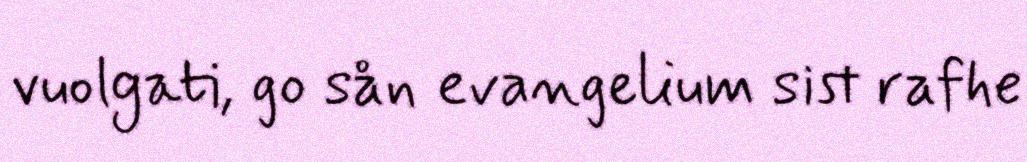
vuolgati, go sån evangelium sist rafhe